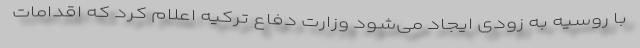
با روسیه به زودی ایجاد می‌شود وزارت دفاع ترکیه اعلام کرد که اقدامات